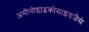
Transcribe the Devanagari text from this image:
अमीनोग्लाइकोसाइडजैसे